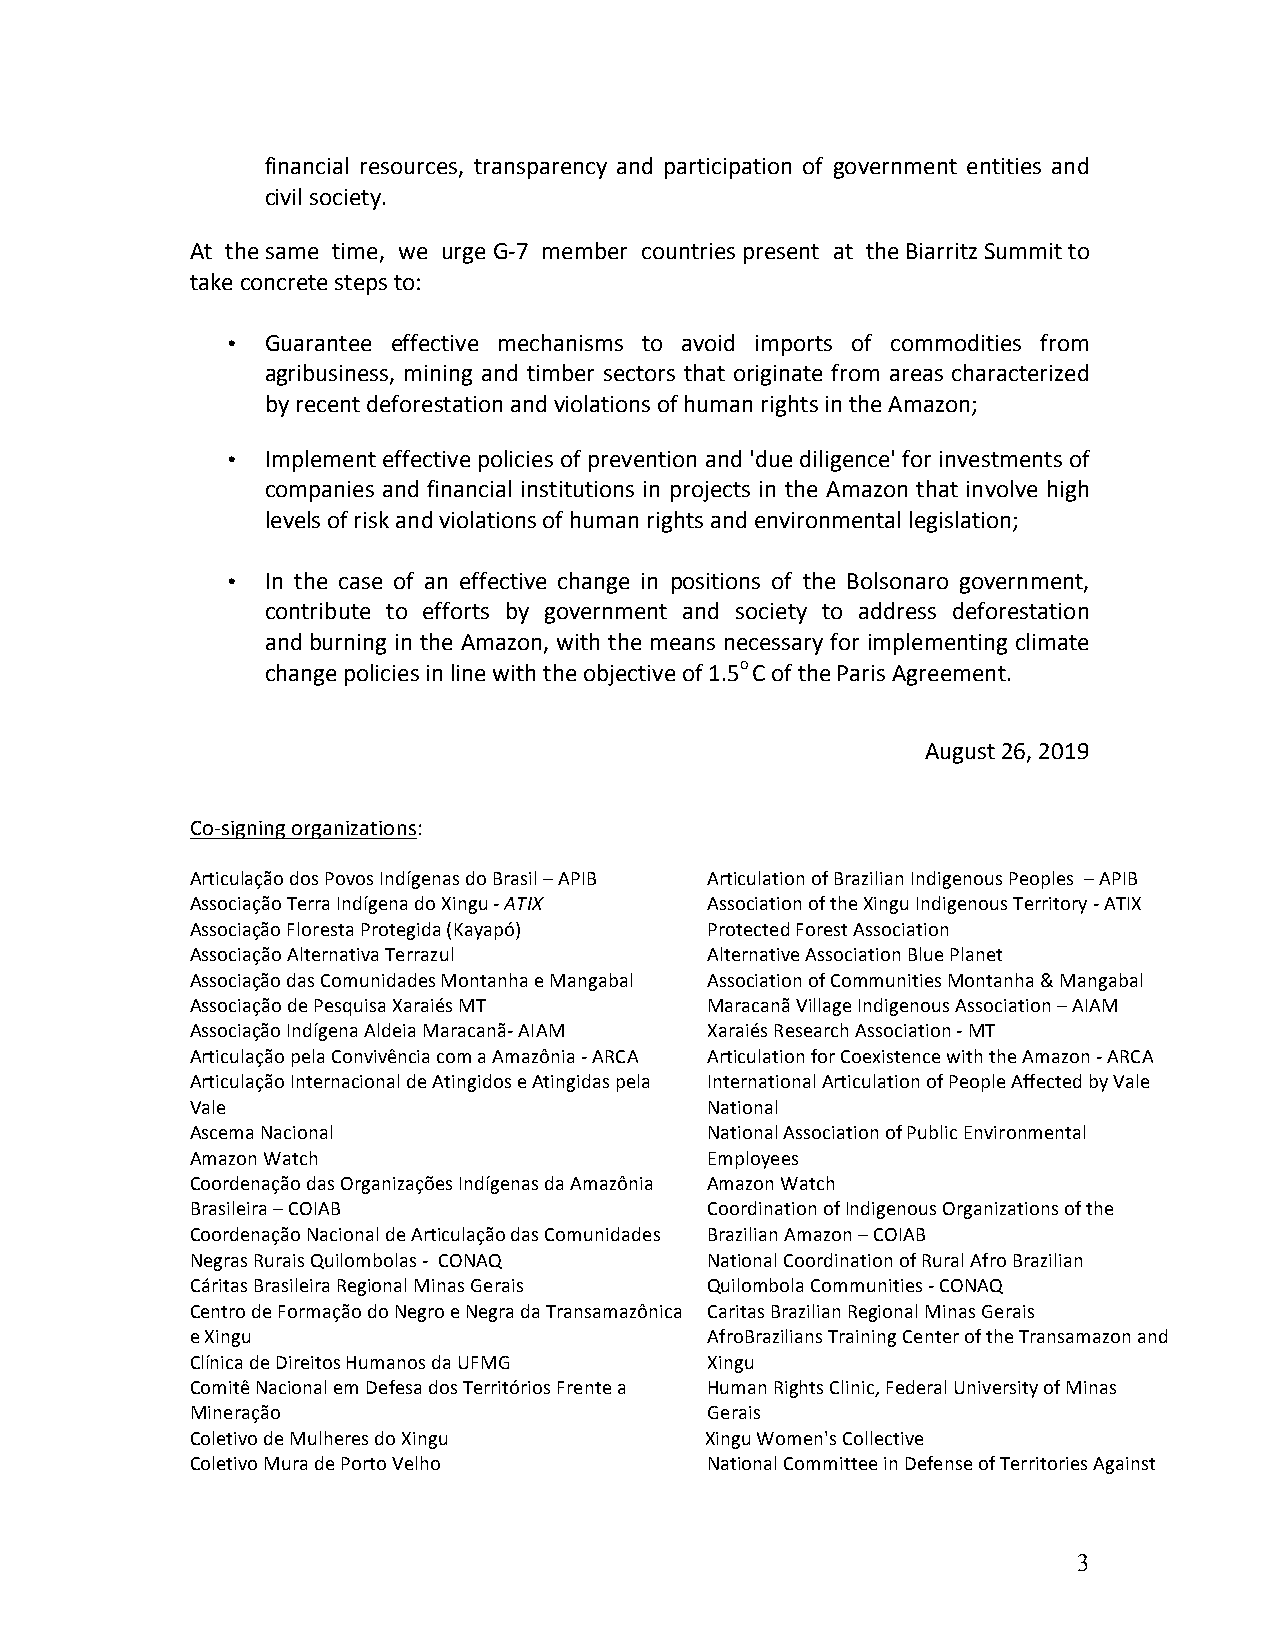
financial resources, transparency and participation of government entities and
 civil society.
 At the same time, we urge G-7 member countries present at the Biarritz Summit to
 take concrete steps to:
 •  Guarantee effective mechanisms to avoid imports of commodities from
 agribusiness, mining and timber sectors that originate from areas characterized
 by recent deforestation and violations of human rights in the Amazon;
 •  Implement effective policies of prevention and 'due diligence' for investments of
 companies and financial institutions in projects in the Amazon that involve high
 levels of risk and violations of human rights and environmental legislation;
 •  In the case of an effective change in positions of the Bolsonaro government,
 contribute to efforts by government and society to address deforestation
 and burning in the Amazon, with the means necessary for implementing climate
 change policies in line with the objective of 1.5o C of the Paris Agreement.
 August 26, 2019
 Co-signing organizations:
 Articulação dos Povos Indígenas do Brasil – APIB Articulation of Brazilian Indigenous Peoples – APIB
 Associação Terra Indígena do Xingu - ATIX Association of the Xingu Indigenous Territory - ATIX
 Associação Floresta Protegida (Kayapó) Protected Forest Association
 Associação Alternativa Terrazul   Alternative Association Blue Planet
 Associação das Comunidades Montanha e Mangabal Association of Communities Montanha & Mangabal
 Associação de Pesquisa Xaraiés MT Maracanã Village Indigenous Association – AIAM
 Associação Indígena Aldeia Maracanã- AIAM Xaraiés Research Association - MT
 Articulação pela Convivência com a Amazônia - ARCA Articulation for Coexistence with the Amazon - ARCA
 Articulação Internacional de Atingidos e Atingidas pela International Articulation of People Affected by Vale
 Vale                              National
 Ascema Nacional                   National Association of Public Environmental
 Amazon Watch                      Employees
 Coordenação das Organizações Indígenas da Amazônia Amazon Watch
 Brasileira – COIAB                Coordination of Indigenous Organizations of the
 Coordenação Nacional de Articulação das Comunidades Brazilian Amazon – COIAB
 Negras Rurais Quilombolas - CONAQ National Coordination of Rural Afro Brazilian
 Cáritas Brasileira Regional Minas Gerais Quilombola Communities - CONAQ
 Centro de Formação do Negro e Negra da Transamazônica Caritas Brazilian Regional Minas Gerais
 e Xingu                           AfroBrazilians Training Center of the Transamazon and
 Clínica de Direitos Humanos da UFMG Xingu
 Comitê Nacional em Defesa dos Territórios Frente a Human Rights Clinic, Federal University of Minas
 Mineração                         Gerais
 Coletivo de Mulheres do Xingu     Xingu Women's Collective
 Coletivo Mura de Porto Velho      National Committee in Defense of Territories Against
 3